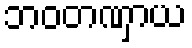
ဘဝတဏှာယ